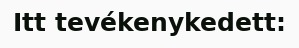
Itt tevékenykedett: